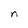
Character: n